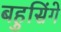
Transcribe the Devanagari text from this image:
बहुसिंगे